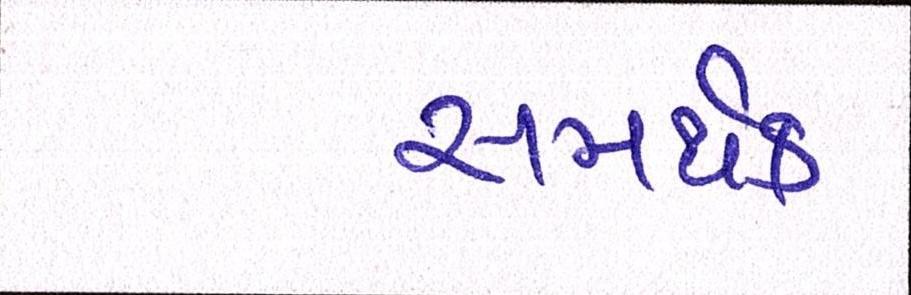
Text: સમર્થક